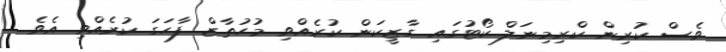
ވެސް ކުރިން ކްރިމިނަލް ކޯޓުގައި ގާޒީކަން ކުރެއްވި މުހުތާޒް ފާހަގަ ކުރެއްވި އެވެ.